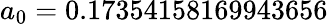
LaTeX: a_{0}=0.17354158169943656